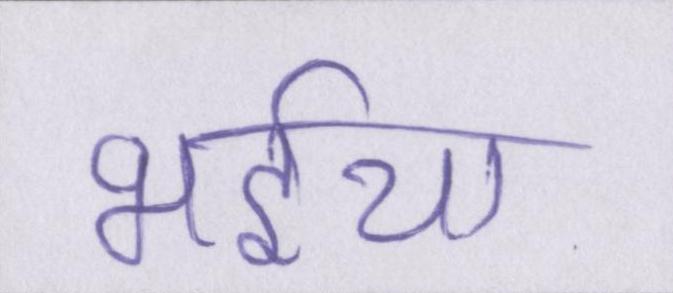
भईया